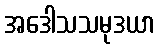
အဒေါသသမုဒယာ